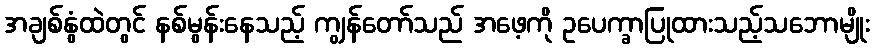
အချစ်နွံထဲတွင် နစ်မွန်းနေသည့် ကျွန်တော်သည် အဖေ့ကို ဥပေက္ခာပြုထားသည့်သဘောမျိုး